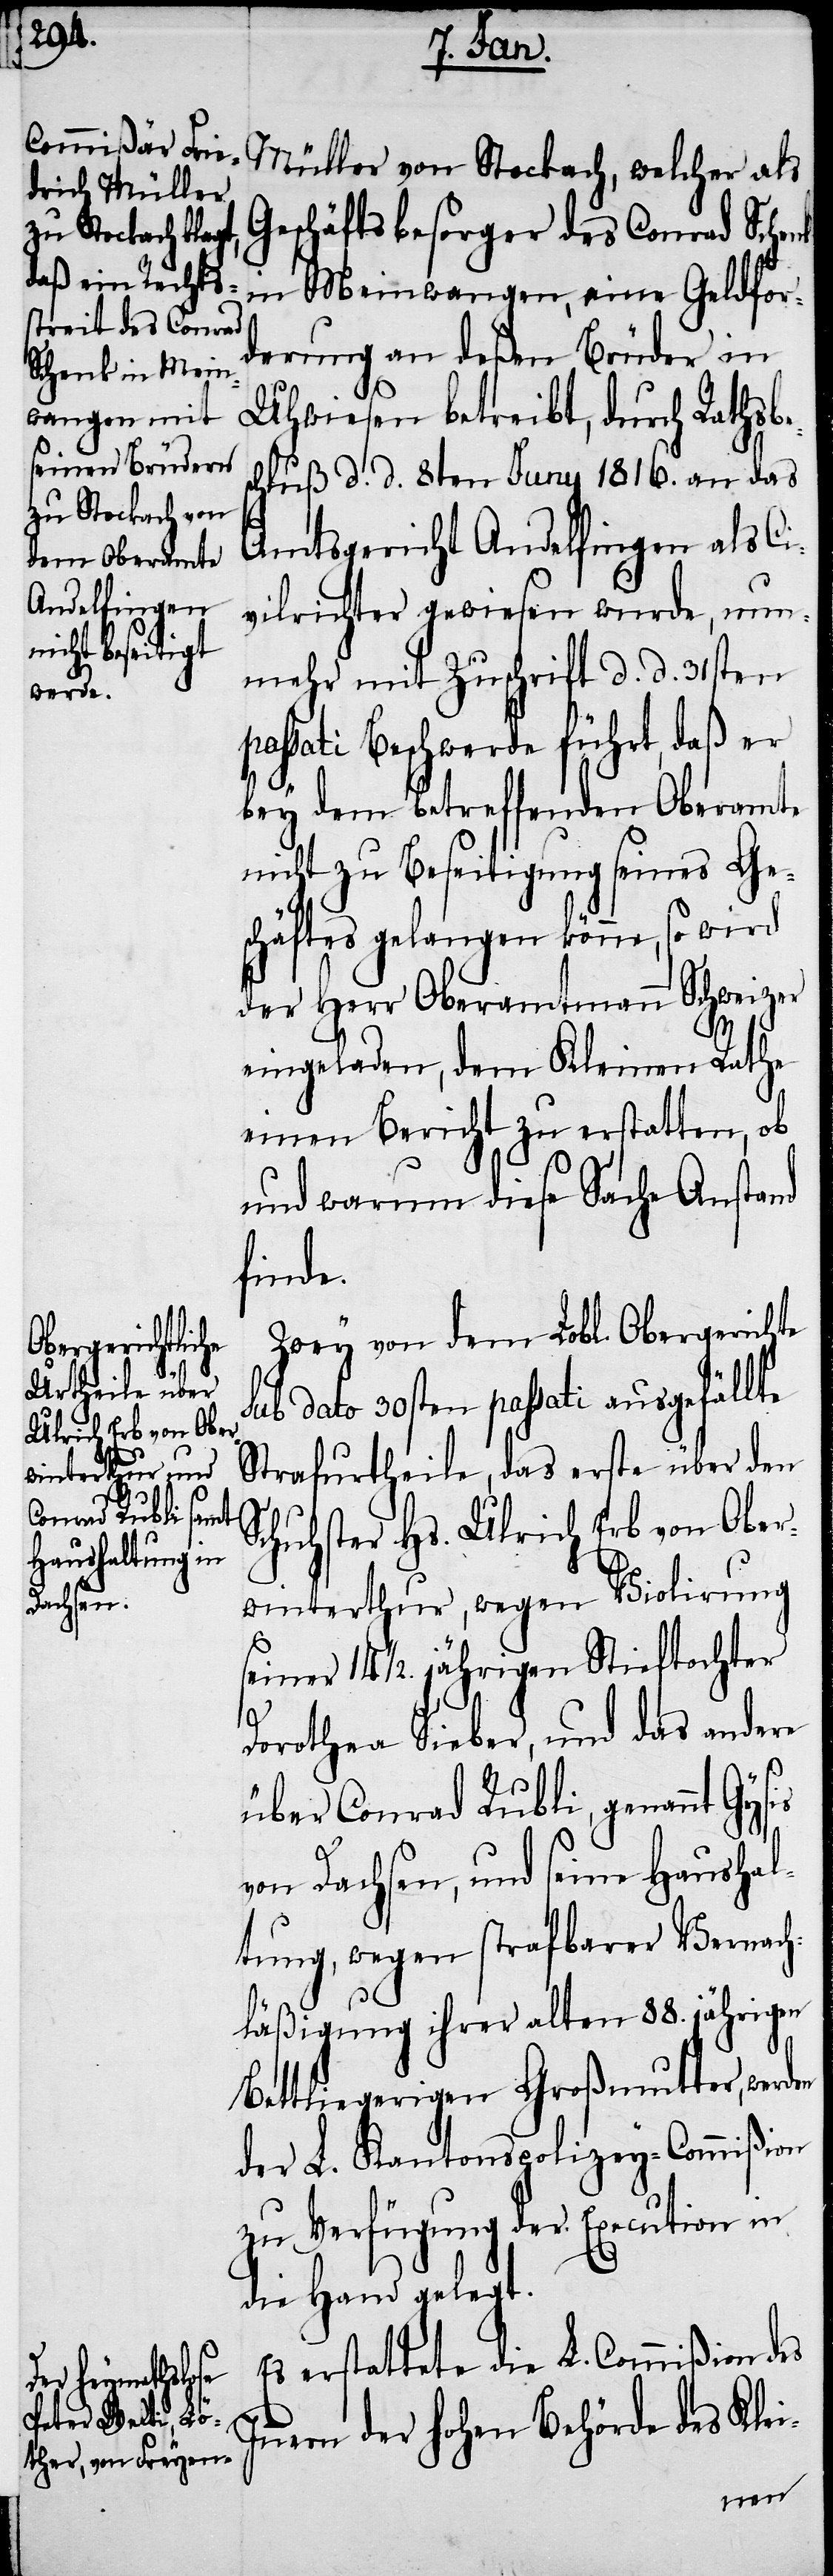
Müller von Stockach, welcher als
Geschäftsbesorger des Conrad Schenk
in Meinwangen, eine Geldfor¬
derung an deßen Brüder in
Uhwiesen betreibt, durch Rathsb¬
chluß d. d. 8ten Juny 1816. an das
Amtsgericht Andelfingen als Ci¬
vilrichter gewiesen wurde, nun¬
mehr mit Zuschrift d. d. 31sten
assati Beschwerde führt, daß er
bey dem betreffenden Oberamte
nicht zu Beseitigung seines Ge¬
schäftes gelangen könne, so wird
der Herr Oberamtmann Schweizer
In¬
eingeladen, dem Kleinen Rathe
einen Bericht zu erstatten, ob
und warum diese Sache Anstand
finde.
Zwey von dem Lobl. Obergerichte
sub dato 30sten passati ausgefällte
Strafurtheile, das erste über den
Schuhster Hs. Ulrich Erb von Ober¬
winterthur, wegen Violirung
seiner 14 1/2. jährigen Stieftochter
Dorothea Sieber, und das andere
über Conrad Rubli, genannt Gysis
von Dachsen, und seine Haushal¬
tung, wegen strafbarer Vernac¬
hläßigung ihrer alten 88. jährigen
bettliegerigen Großmutter, werd¬
der L. Kantonspolizey-Commißion
zu Verfügung der Execution in
die Hand gelegt.
Es erstattete die L. Commißion des
nern der hohen Behörde des Klei-
en